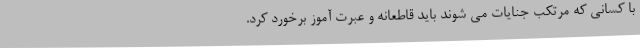
با کسانی که مرتکب جنایات می شوند باید قاطعانه و عبرت آموز برخورد کرد.